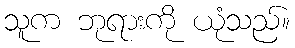
သူက ဘုရားကို ယုံသည်။